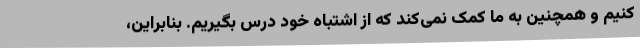
کنیم و همچنین به ما کمک نمی‌کند که از اشتباه خود درس بگیریم. بنابراین،